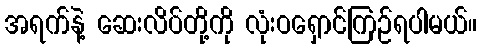
အရက်နဲ့ ဆေးလိပ်တို့ကို လုံးဝရှောင်ကြဉ်ရပါမယ်။